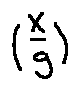
( \frac { X } { 9 } )